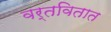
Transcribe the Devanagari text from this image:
वर्तवितात